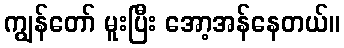
ကျွန်တော် မူးပြီး အော့အန်နေတယ်။